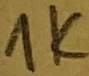
Text: 1K